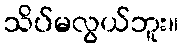
သိပ်မလွယ်ဘူး။